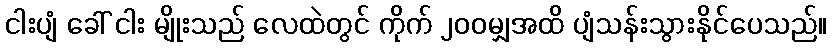
ငါးပျံ ခေါ် ငါး မျိုးသည် လေထဲတွင် ကိုက် ၂၀၀မျှအထိ ပျံသန်းသွားနိုင်ပေသည်။